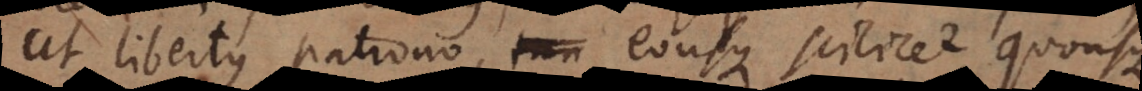
ut libertus patrono, eousque scilicet quousque